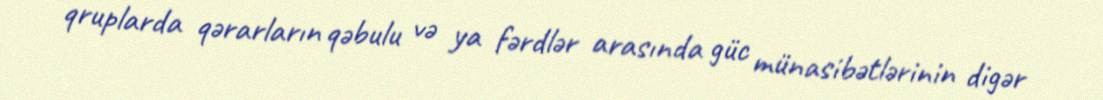
qruplarda qərarların qəbulu və ya fərdlər arasında güc münasibətlərinin digər